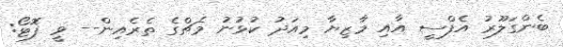
ބެންގަލޫރު އެފްސީ އާއި މާޒިޔާ މިއަދު ކުޅުނު މެޗްގެ ތެރެއިން-- ވީ ފޮޓޯ: